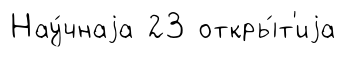
Нау́чнаjа 23 откры́т'иjа